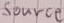
Text: Source